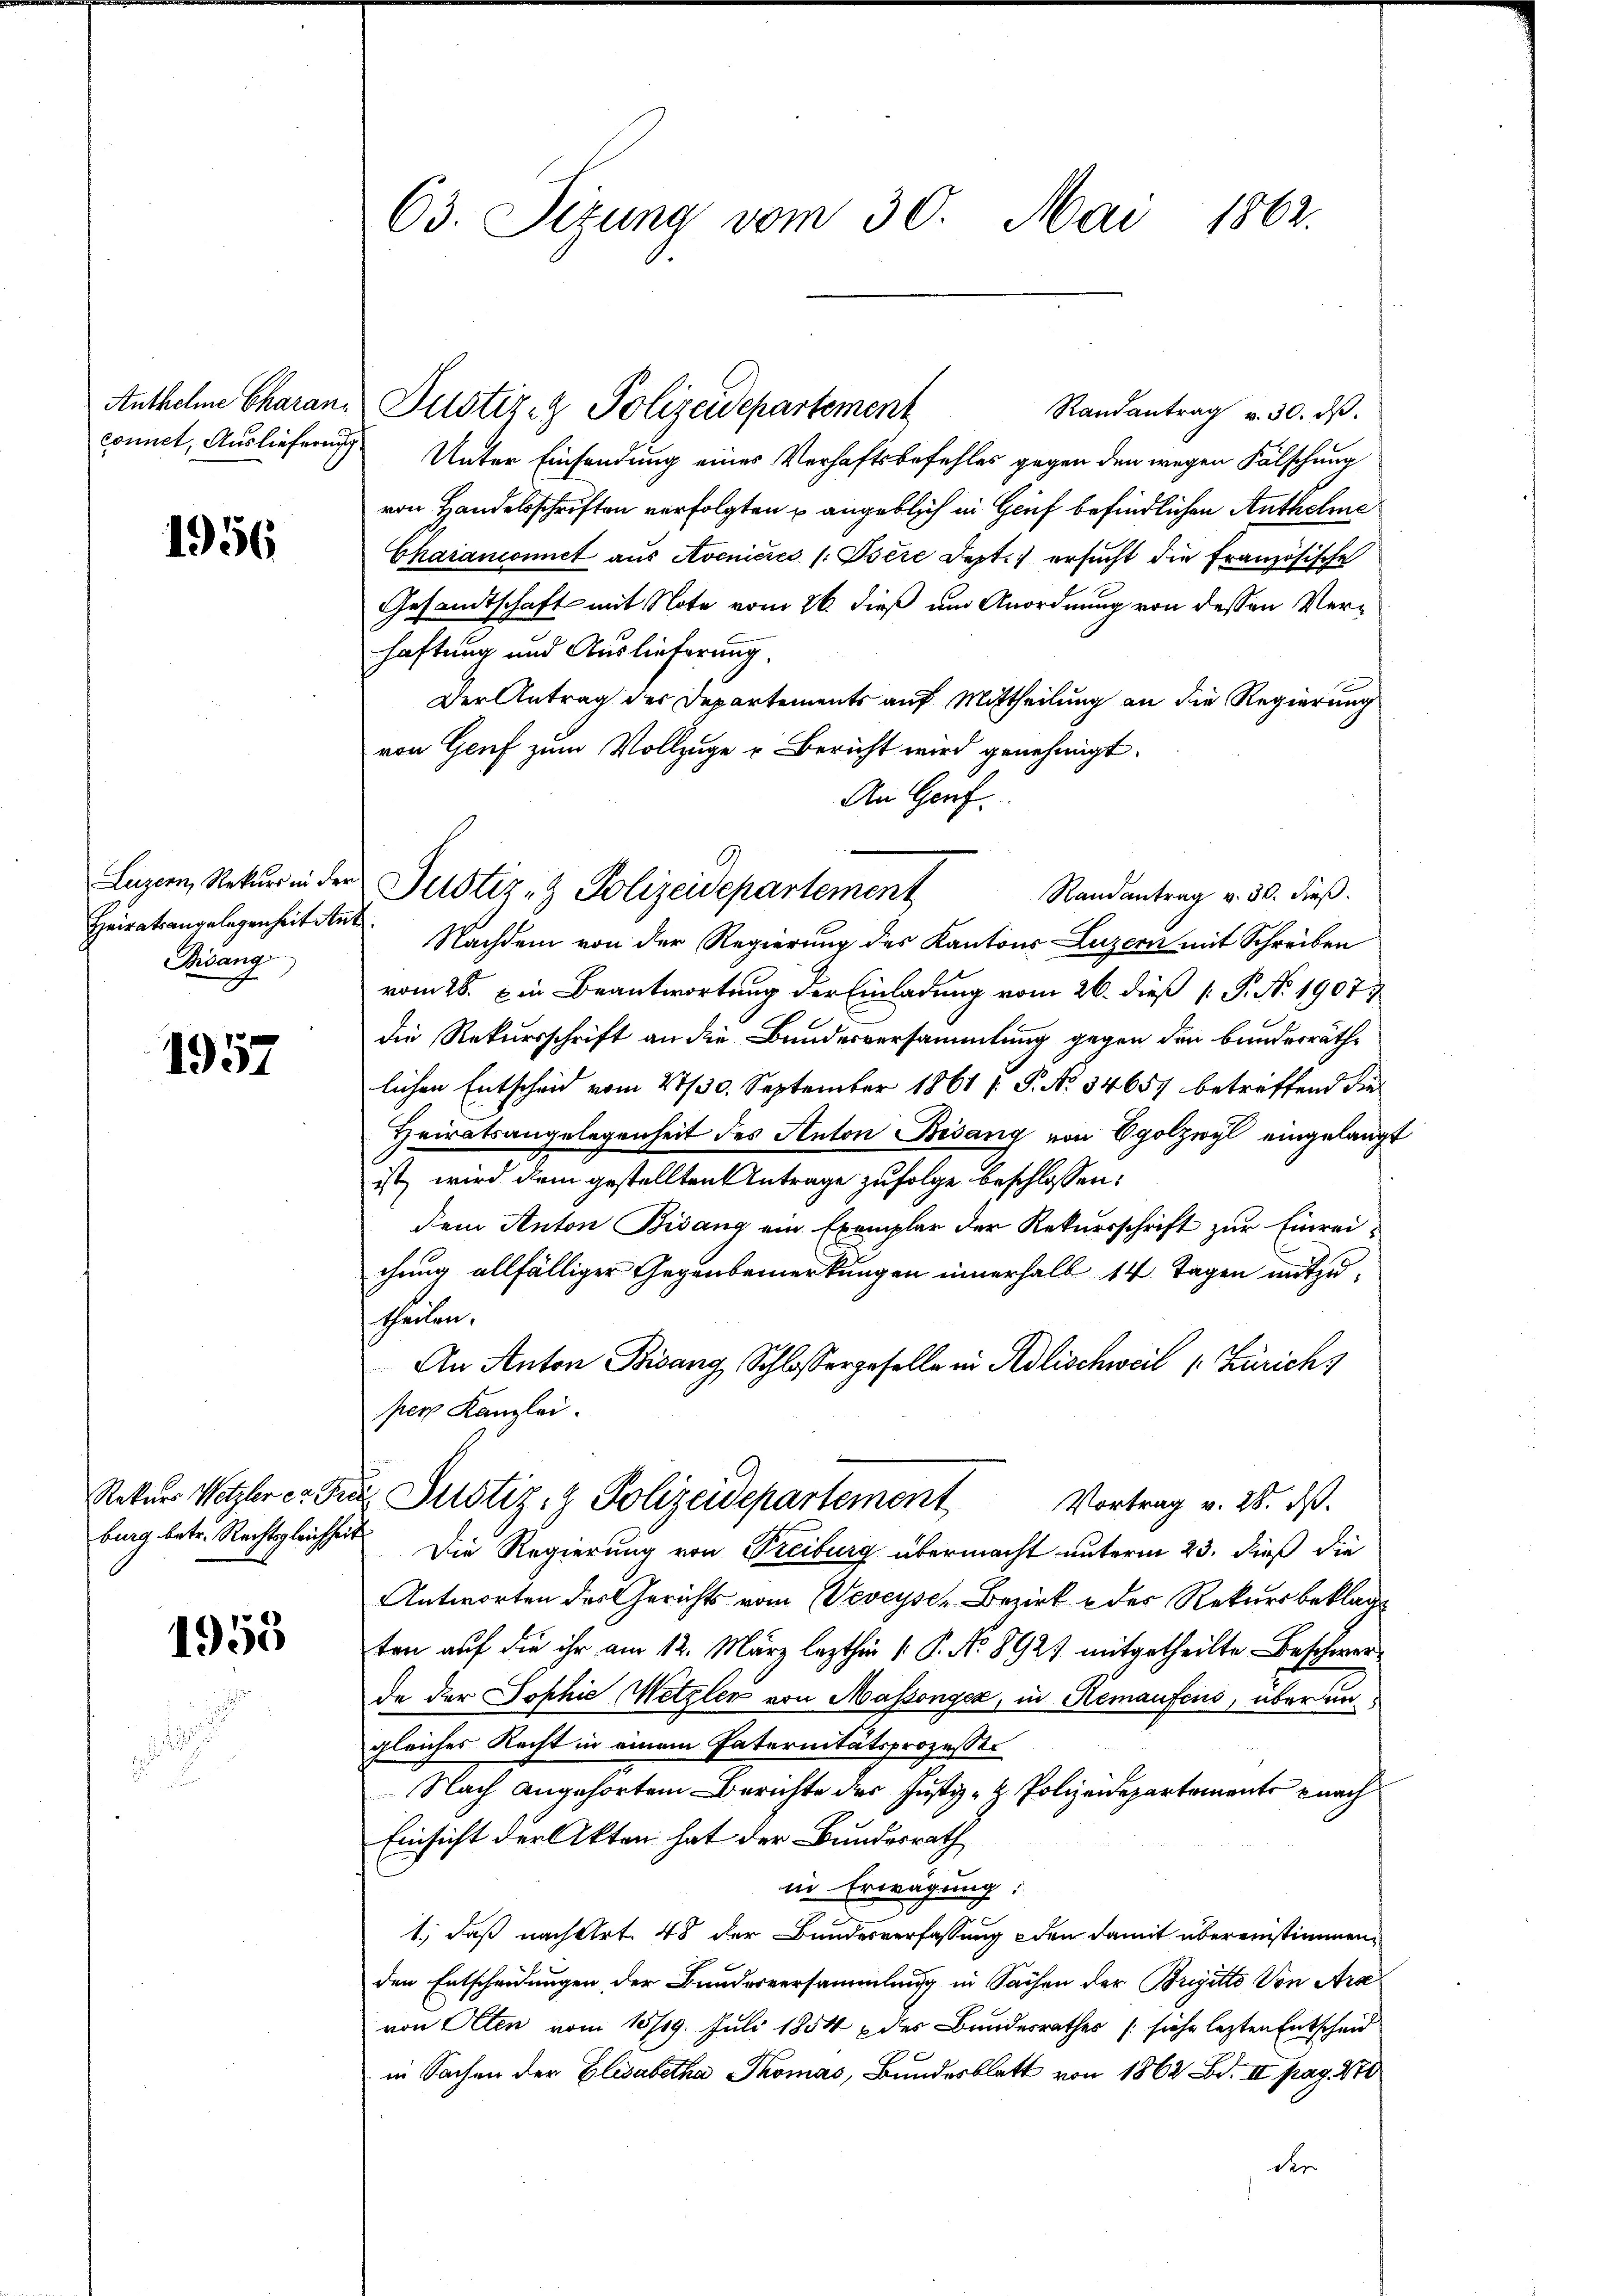
Anthelme Charan.
connet, Auslieferung

1956

Luzern, Rekurs in der
Heiratsangelegenheit Ant
Bisang

1957

Rekurs Wetzler et Fre
burg betr. Rechtsgleichheit

1959

63. Sizung vom 30. Mai 1862.

Randantrag v. 30. dβ.
Unter Einsendung eines Verhaftsbefehles gegen den wegen Fälschung
von Handelsschriften verfolgten u angeblich in Genf befindlichen Anthelme
Charanonict aus Avenicies /:Isére Sept. ersucht die Französische
Gesandtschaft mit Note vom 26. dieß um Anordnung von dessen Verhaftung und Auslieferung.
Der Antrag der Departements auf Mittheilung an die Regierung
von Genf zum Vollzuge u Bericht wird genehmigt.
An Genf
Randantrag v. 30. dieß.
Nachdem von der Regierung des Kantons Luzern mit Schreiben
vom 26. Ein Beantwortung der Einladung vom 26. dieß [ P. No 1907.
die Rekursschrift an die Bundesversammlung gegen den bundesräthlichen Entscheid vom 23/30. September 1861 [ P. No 34657 betreffend die
Heiratsangelegenheit des Anton Bisang von Egolzwyl eingelangt
ist, wird dem gestellten Antrage zufolge beschlossen:
dem Anton Bisang ein Exemplar der Rekursschrift zur Einrei-
chung allfälliger Gegenbemerkungen innerhalb 14 Tagen mitzutheilen.
An Anton Bisang, Schlossergeselle in Adlischweil Zürichs
per Kanzlei.
 Justiz- & Polizeidepartement Vortrag v. 28. ds.
Die Regierung von Treiburg übermacht unterm 23. dieß die
Antworten des Gerichts vom Veveyser Bezirk & der Rekursbeklagten auf die ihr am 12. März lezthin 1. P. No 8927 mitgetheilte Beschwerde der Sophie Metzler von Massenger, in Hemaufens, überen
gleiches Recht in einem Paternitätsprozesser
Nach angehörten Berichte der Justiz- & Polizeidepartemente nach
Einsicht der Akten hat der Bundesrath
in Erwägung:
1., daß nach Art. 48 der Bundesverfassung den damit übereinstimmen,
den Entscheidungen der Bundesversammlung in Sachen der Brigitto Von Ara
von Alten vom 15/19. Juli 1854 des Bundesrathes (siehe lezten Entscheid
in Sachen der Elisabetha Thomas, Bundesblatt von 1862 Bd. III pag. 270.
der

Justiz- & Polizeidepartement

Justiz- & Polizeidepartement